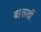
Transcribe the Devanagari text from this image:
बहत्तरवीं